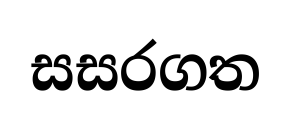
සසරගත